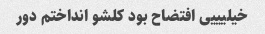
خیلیییی افتضاح بود کلشو انداختم دور